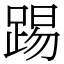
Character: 踢